kultuurilooline_kollektsioon, lk 52
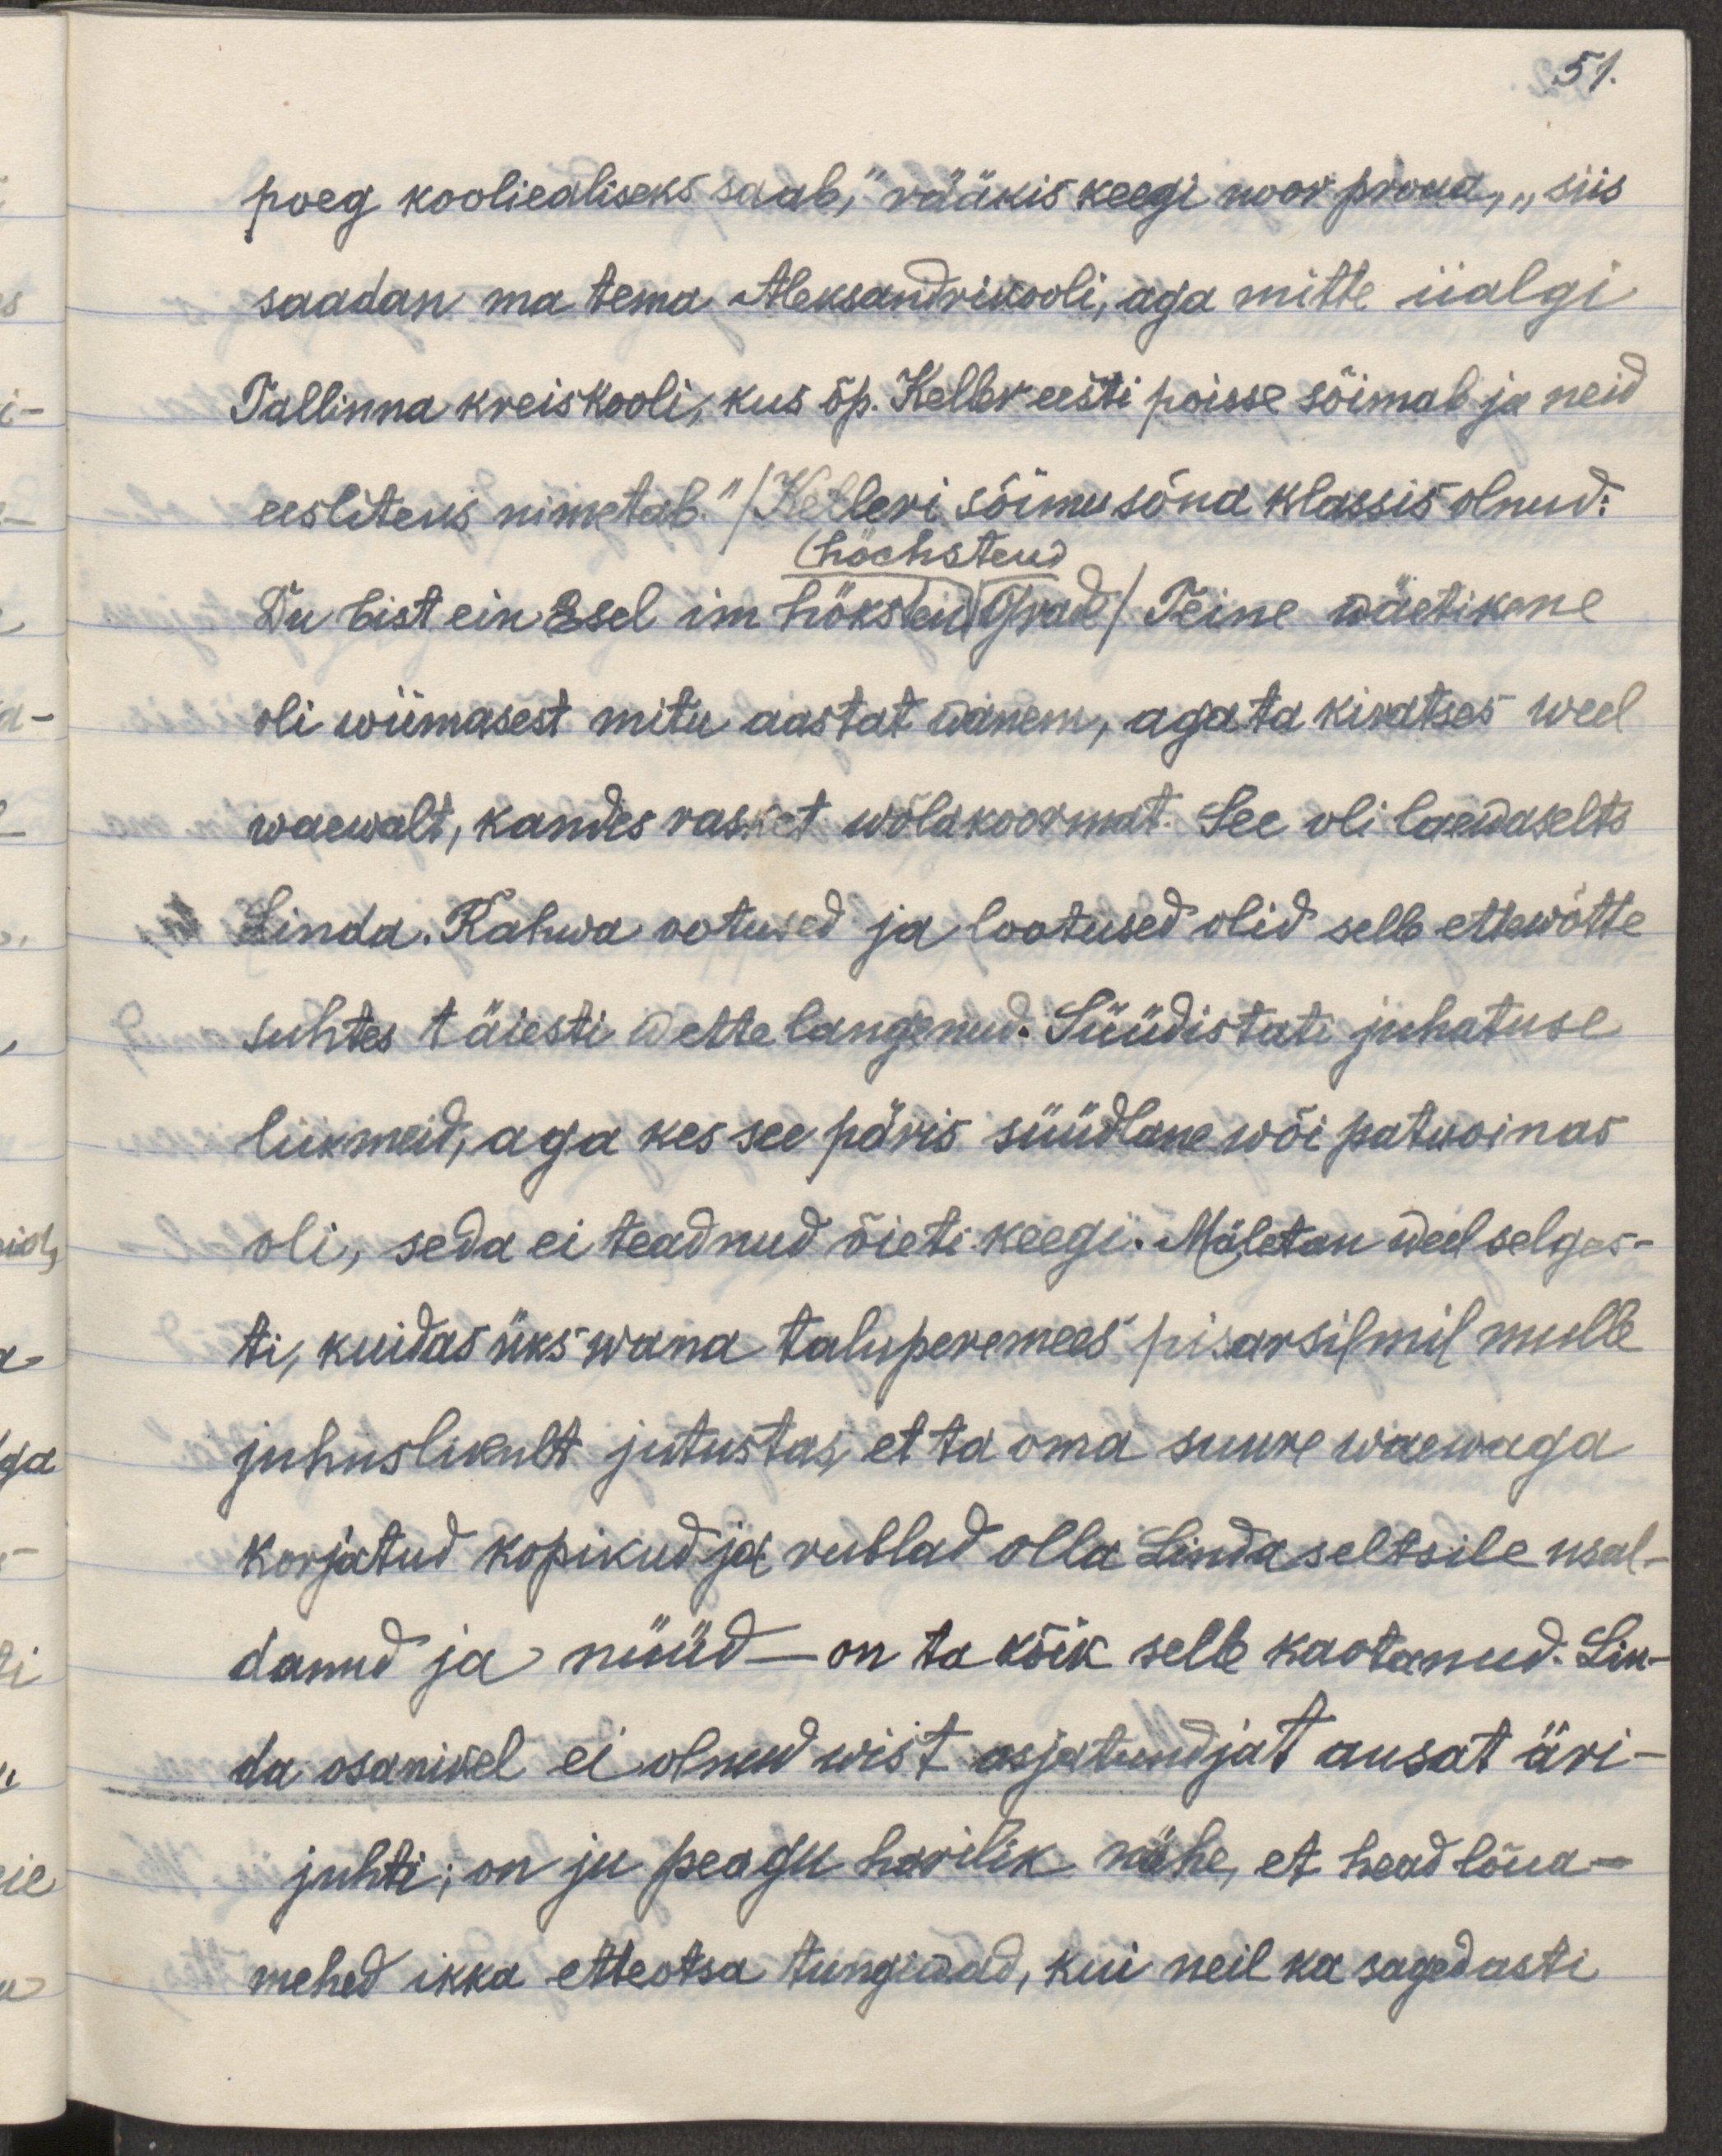
51.
poeg kooliealiseks saab," rääkis keegi noor proua, „siis
saadan ma tema Aleksandrikooli, aga mitte iialgi 
Tallinna kreisikooli, kus õp. Keller eesti poisse sõimab ja neid
eesliteks nimetab." / Kelleri sõimu sõna klassis olnud:  
(höchsten)
Du bist ein Esel im höksten Grade/ Teine wäetikene
oli wiimasest mitu aastat wanem, aga ta kiratses weel
waewalt, kandes rasket wõlakoormat. See oli laewaselts
Linda. Rahwa ootused ja lootused olid selle ettewõtte
suhtes täiesti wette langenud. Süüdistati juhatuse 
liikmeid, aga kes see päris süüdlane wõi patuoinas
oli, seda ei teadnud õieti keegi. Mäletan weel selges-
ti, kuidas üks wana taluperemees pisarsilmil mulle
juhustlikult jutustas, et ta oma suure waewaga
korjatud kopikad ja rublad Linda seltsile usal-
danud ja nüüd — on ta kõik selle kaotanud. Lin-
da osanikel ei olnud wist asjatundjat ausat äri-
juhti; on ju peagu harilik nähe, et head lõua-
mehed ikka etteotsa tungiwad, kui neil ka sagedasti